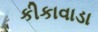
કીકાવાડા